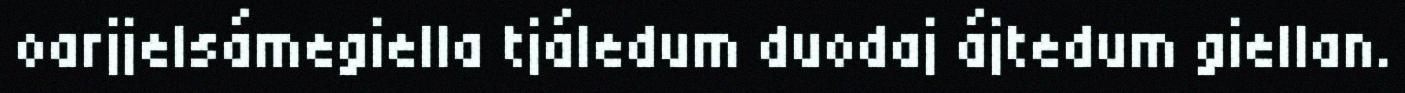
oarjjelsámegiella tjáledum duodaj ájtedum giellan.